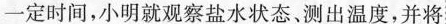
一定时间，小明就观察盐水状态、测出温度，并将